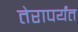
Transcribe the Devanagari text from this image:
तेरापर्यंत